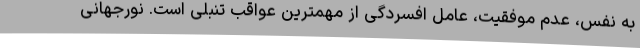
به نفس، عدم موفقیت، عامل افسردگی از مهمترین عواقب تنبلی است. نورجهانی